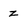
Character: z